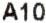
A10